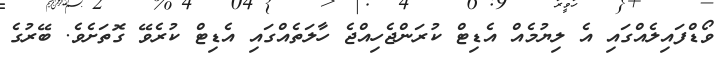
ވޯޑްފައިލެއްގައި އެ ލިޔުމެއް އެޑިޓް ކުރަންޖެހިއްޖެ ހާލަތެއްގައި އެޑިޓް ކުރެވޭ ގޮތަށެވެ. ބޭރުގެ